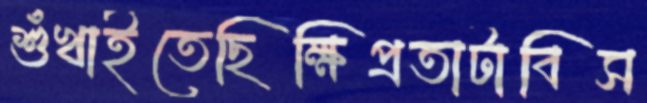
শুঁখাইতেছিক্ষিপ্রতাটাবিস